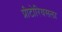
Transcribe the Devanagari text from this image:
प्रीटोरियसला